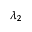
\lambda _ { 2 }